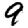
Digit: 9